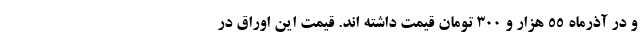
و در آذرماه ۵۵ هزار و ۳۰۰ تومان قیمت داشته اند. قیمت این اوراق در